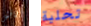
أناقش تحلية